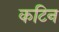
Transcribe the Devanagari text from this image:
कटिन